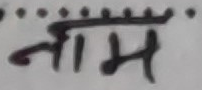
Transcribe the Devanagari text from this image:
नाम